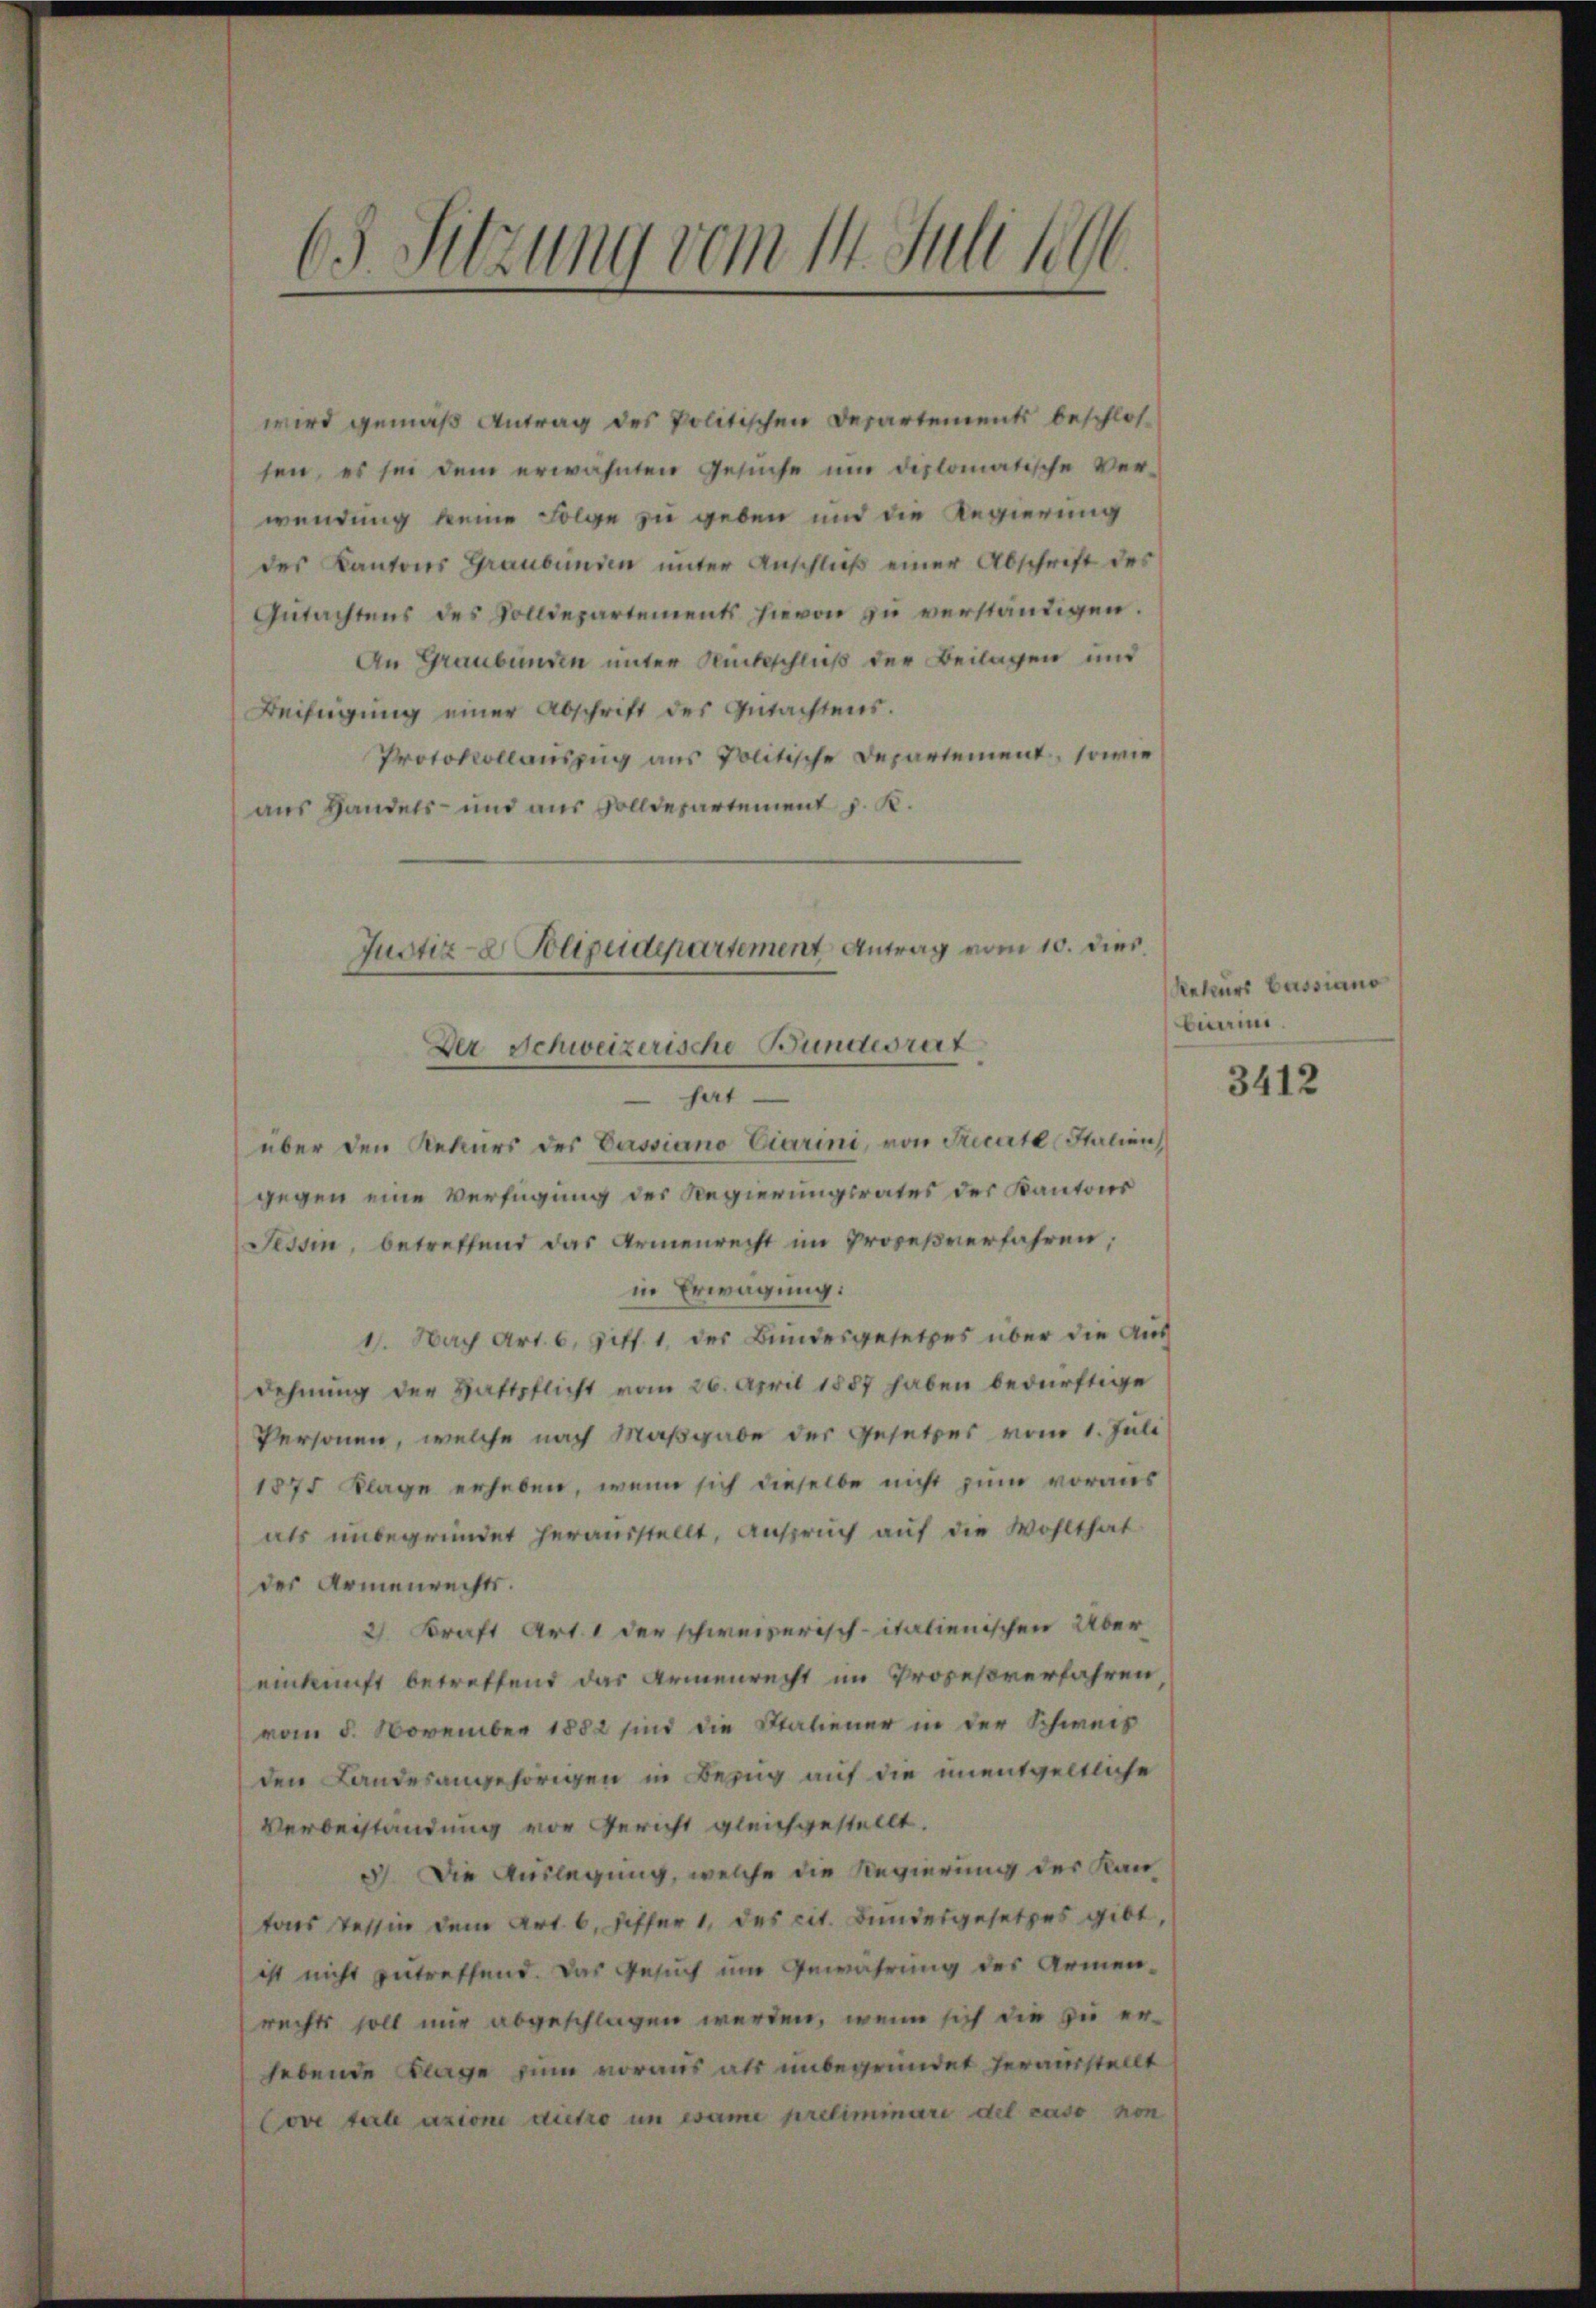
63. Sitzung vom 14. Juli 1891

wird gemäß Antrag des Politischen Departements beschlos
sen, es sei dem erwähnten Gesŭche ŭm diplomatische Ver-
wendung keine Folge zu geben und die Regierung
des Kantons Graubünden unter Anschluß einer Abschrift des
Gŭtachtens des Solldepartements hievon zŭ verständigen.
An Graubünden unter Rückschluß der Beilagen und
Beifügung einer Abschrift des Gutachtens.
Protokollauszug aus Politische Departement, sowie
aus Handels- und aus Zolldepartement J. K.
über den Rekurs des Cassiano Ciarini, von Tricirte Italien
gegen eine Verfügung der Regierungsrates des Kantons
Tessin, betreffend das Armenrecht im Prozeßverfahren,
in Erwägung:
11. Nach Art. 6, Ziff. 1, der Bundesgesetzes über die Aus
dehnung der Haftpflicht vom 26. April 1887 haben bedürftige
Personen, welche nach Maßgabe der Gesetzes vom 1. Juli
1875 Klage erheben, wenn sich dieselbe nicht zum voraus
als unbegründet herausstellt, Anspruch auf die Wohlthat
der Armenrechts.
2 Kraft Art. 1 der schweizerisch-italienischen Über
einkunft betreffend das Armenrecht im Prozesverfahren,
vom 8. November 1882 sind die Statiener in der Schweis
den Landesangehörigen in Bezug auf die unentgeltliche
Verbeistandung vor Gericht gleichgestellt.
3). Die Auslegung, welche die Regierung der Kantons Tessin dem Art. 6. Differ 1, des cit. Bundesgesetzes gibt,
ist nicht zutreffend. Das Gesuch um Gewährung des Armenrechts soll mir abgeschlagen werden, wenn sich die zu erhebende Klage zum voraus als unbegründet herausstellt
Cove tale azione dicto in esame preliminare del caso non

Justiz- & Polizeidepartement Antrag vom 10. dies
Der Schweizerische Bunderet
hat.

Rekurs Bassiano
buai.

3412